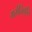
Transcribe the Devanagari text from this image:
गर्भविकृति